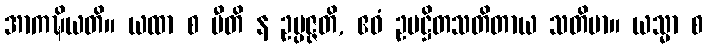
အာကဍ္ဎိယတိ။ ယထာ စ ပီတိ န ဥပ္ပဇ္ဇတိ, ဧဝံ ဥပဋ္ဌိတသတိတာယ သတိမာ။ ယသ္မာ စ